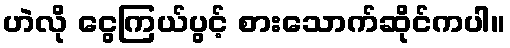
ဟဲလို ငွေကြယ်ပွင့် စားသောက်ဆိုင်ကပါ။